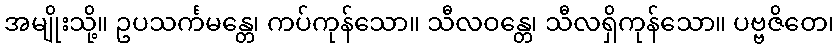
အမျိုးသို့။ ဥပသင်္ကမန္တေ၊ ကပ်ကုန်သော။ သီလဝန္တေ၊ သီလရှိကုန်သော။ ပဗ္ဗဇိတေ၊